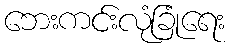
ဘေးကင်းလုံခြုံရေး